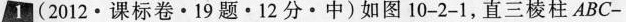
1 (2012·课标卷·19题·12分·中)如图10-2-1，直三棱柱ABC-